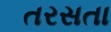
તરસતા